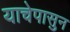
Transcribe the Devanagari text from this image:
याचेपासुन